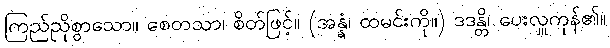
ကြည်ညိုစွာသော။ စေတသာ၊ စိတ်ဖြင့်။ (အန္နံ၊ ထမင်းကို။) ဒဒန္တိ၊ ပေးလှူကုန်၏။